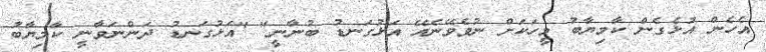
އެހެން އުޅެގެން ކާމިޔާބު މީހަކަށް ނުވެވޭނެއޭ އަޅުގަނޑު ބުނާނީ" "އަޅުގަނޑު ދަންނަވާނީ ކާމިޔާބު